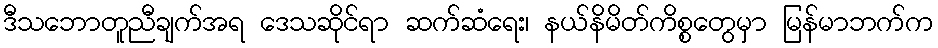
ဒီသဘောတူညီချက်အရ ဒေသဆိုင်ရာ ဆက်ဆံရေး၊ နယ်နိမိတ်ကိစ္စတွေမှာ မြန်မာဘက်က